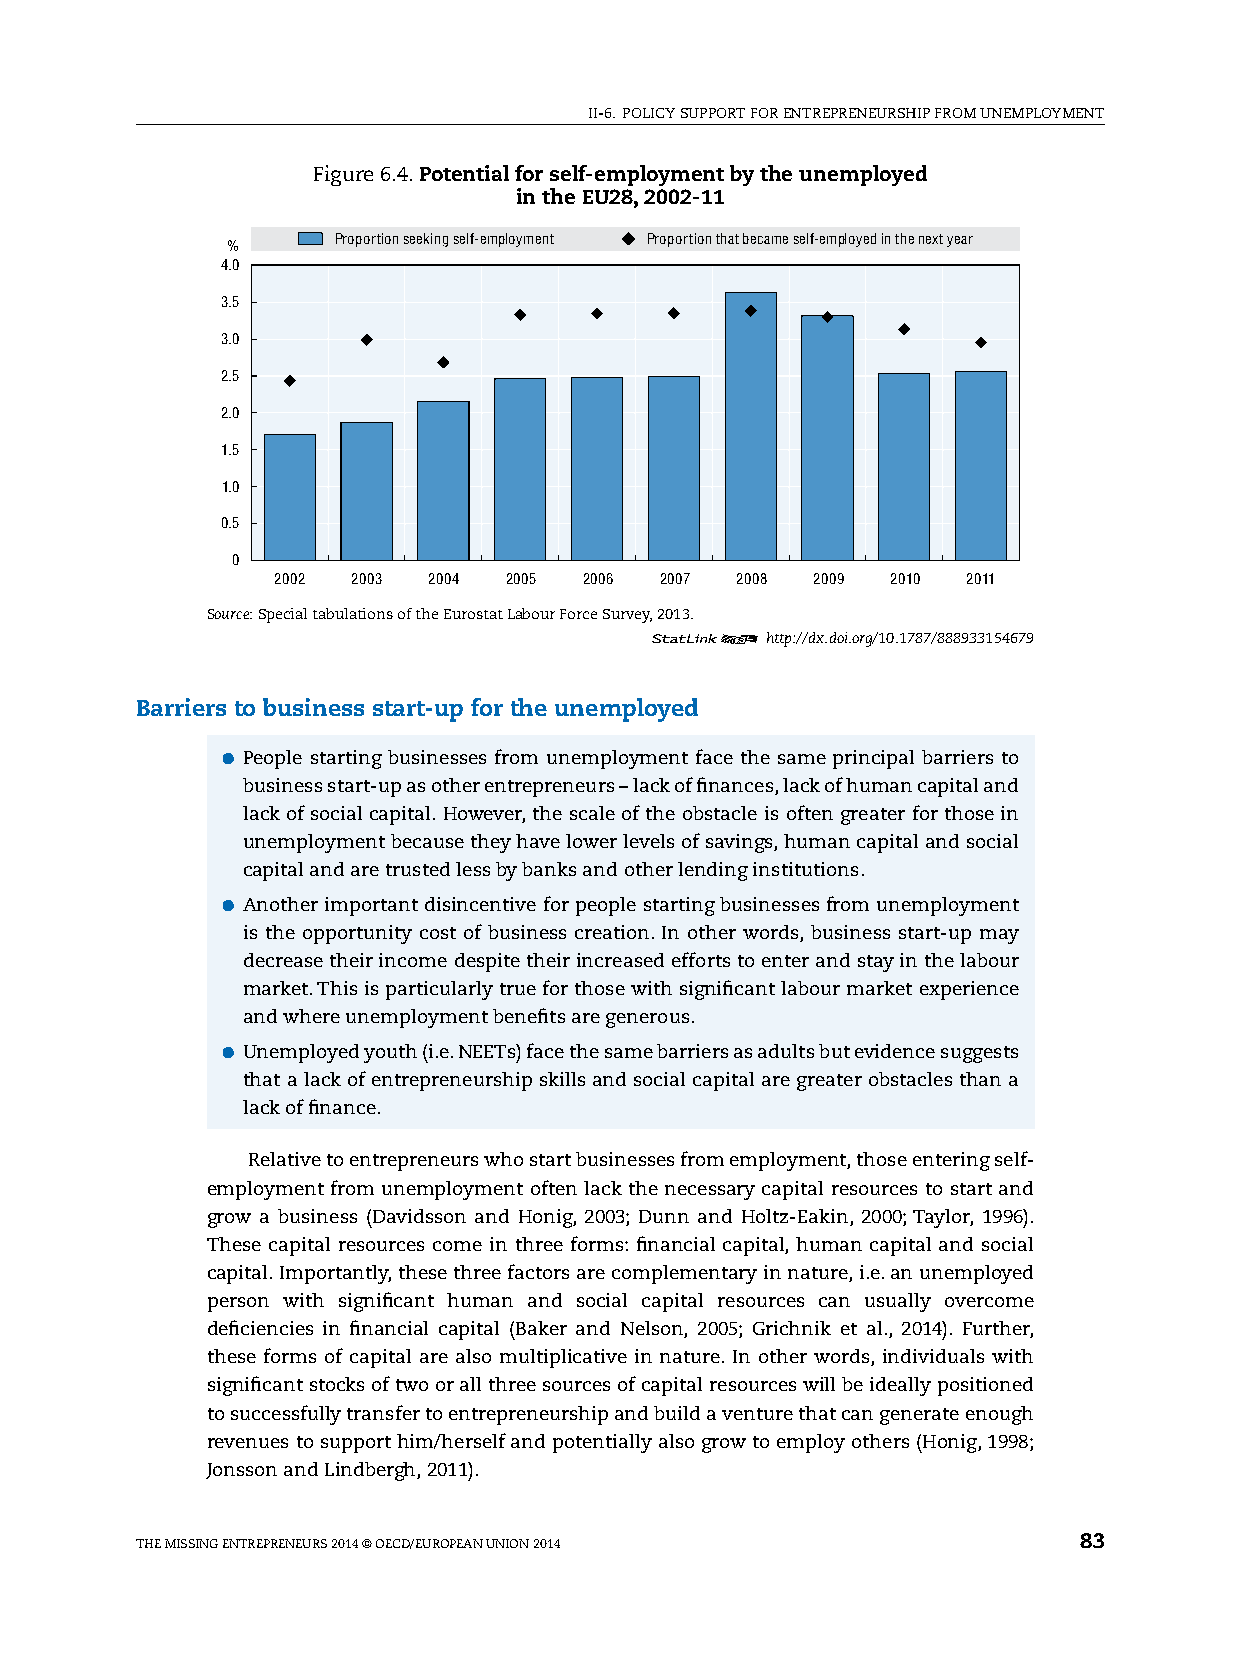
II-6. pOlICy sUppORT FOR ENTREpRENEURshIp FROM UNEMplOyMENT
 Figure 6.4. Potential for self-employment by the unemployed
 in the EU28, 2002-11
 Proportion seeking self-employment Proportion that became self-employed in the next year
 %
 4.0
 3.5
 3.0
 2.5
 2.0
 1.5
 1.0
 0.5
 0
 2002 2003 2004 2005  2006 2007 2008 2009 2010 2011
 Source: special tabulations of the Eurostat labour Force survey, 2013.
 12      http://dx.doi.org/10.1787/888933154679
 Barriers to business start-up for the unemployed
 ●●people starting businesses from unemployment face the same principal barriers to
 business start-up as other entrepreneurs – lack of finances, lack of human capital and
 lack of social capital. however, the scale of the obstacle is often greater for those in
 unemployment because they have lower levels of savings, human capital and social
 capital and are trusted less by banks and other lending institutions.
 ●●Another important disincentive for people starting businesses from unemployment
 is the opportunity cost of business creation. In other words, business start-up may
 decrease their income despite their increased efforts to enter and stay in the labour
 market. This is particularly true for those with significant labour market experience
 and where unemployment benefits are generous.
 ●●Unemployed youth (i.e. NEETs) face the same barriers as adults but evidence suggests
 that a lack of entrepreneurship skills and social capital are greater obstacles than a
 lack of finance.
 Relative to entrepreneurs who start businesses from employment, those entering self-
 employment from unemployment often lack the necessary capital resources to start and
 grow a business (Davidsson and honig, 2003; Dunn and holtz-Eakin, 2000; Taylor, 1996).
 These capital resources come in three forms: financial capital, human capital and social
 capital. Importantly, these three factors are complementary in nature, i.e. an unemployed
 person with significant human and social capital resources can usually overcome
 deficiencies in financial capital (Baker and Nelson, 2005; Grichnik et al., 2014). Further,
 these forms of capital are also multiplicative in nature. In other words, individuals with
 significant stocks of two or all three sources of capital resources will be ideally positioned
 to successfully transfer to entrepreneurship and build a venture that can generate enough
 revenues to support him/herself and potentially also grow to employ others (honig, 1998;
 Jonsson and lindbergh, 2011).
 ThE MIssING ENTREpRENEURs 2014 © OECD/EUROpEAN UNION 2014     83